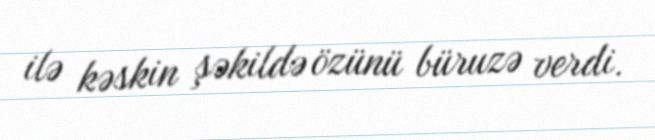
ilə kəskin şəkildə özünü büruzə verdi.